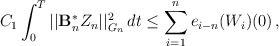
\begin{align*}C_1 \int_0^T || \mathcal{\mathbf{B}}_n^{\ast}Z_n||_{G_n}^2 \,dt \le \displaystyle{\sum_{i=1}^n e_{i-n}(W_i)(0)}\,,\end{align*}